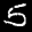
Label: 5